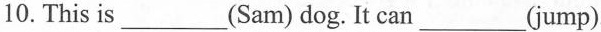
10.This is___(Sam) dog. It can___jump).